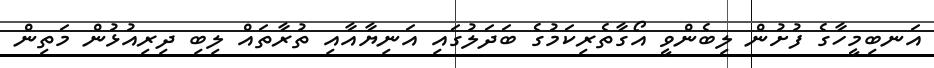
އަނބިމީހާގެ ފުށުން ލިބެންވީ އޯގާތެރިކަމުގެ ބަދަލުގައި އަނިޔާއާއި ތުރާތައް ލިބި ދިރިއުޅުން މަތިން